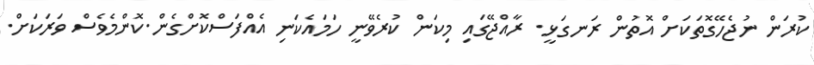
ކުރަން ނުޖެހޭގޮތަކަށް އޮތުން ރަނގަޅީ. ރާއްޖޭގައި މިކަން ކުރެވޭނީ ހަމައެކަނި އެއްފަސްކޮށްގެން.ކޮންމެވެސް ވަރަކަށް.